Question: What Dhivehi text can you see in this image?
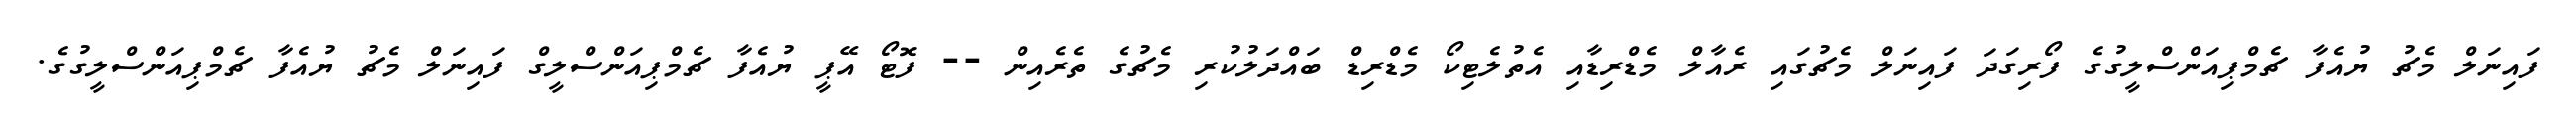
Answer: ފައިނަލް މެޗު ޔުއެފާ ޗެމްޕިއަންސްލީގުގެ ފޯރިގަދަ ފައިނަލް މެޗުގައި ރެއާލް މެޑްރިޑާއި އެތުލެޓިކޯ މެޑްރިޑް ބައްދަލުކުރި މެޗުގެ ތެރެއިން -- ފޮޓޯ އޭޕީ ޔުއެފާ ޗެމްޕިއަންސްލީގް ފައިނަލް މެޗު ޔުއެފާ ޗެމްޕިއަންސްލީގުގެ.